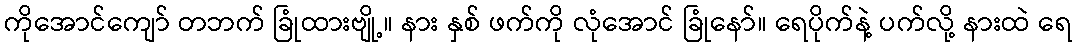
ကိုအောင်ကျော် တဘက် ခြုံထားဗျို့။ နား နှစ် ဖက်ကို လုံအောင် ခြုံနော်။ ရေပိုက်နဲ့ ပက်လို့ နားထဲ ရေ